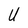
Character: U